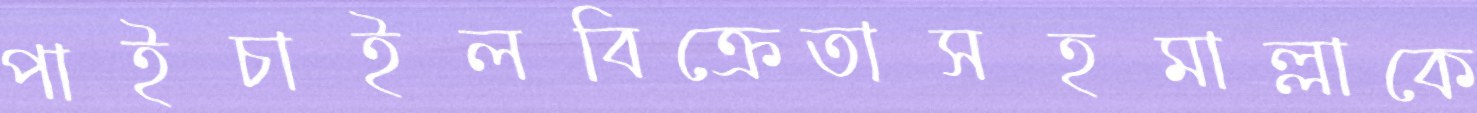
পাইচাইলবিক্রেতাসহমাল্লাকে